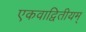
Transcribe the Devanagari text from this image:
एकवाद्वितीयम्